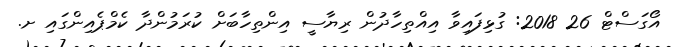
އޯގަސްޓް 26 2018: ގުޅިފައިވާ އިއްތިހާދުން ރިޔާސީ އިންތިހާބަށް ކުރަމުންދާާ ކެމްޕެއިންގައި ށ.